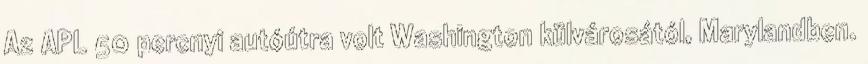
Az APL 50 percnyi autóútra volt Washington külvárosától, Marylandben.